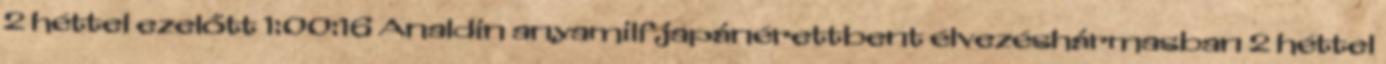
2 héttel ezelőtt 1:00:16 Analdin anyamilfjapánérettbent élvezéshármasban 2 héttel